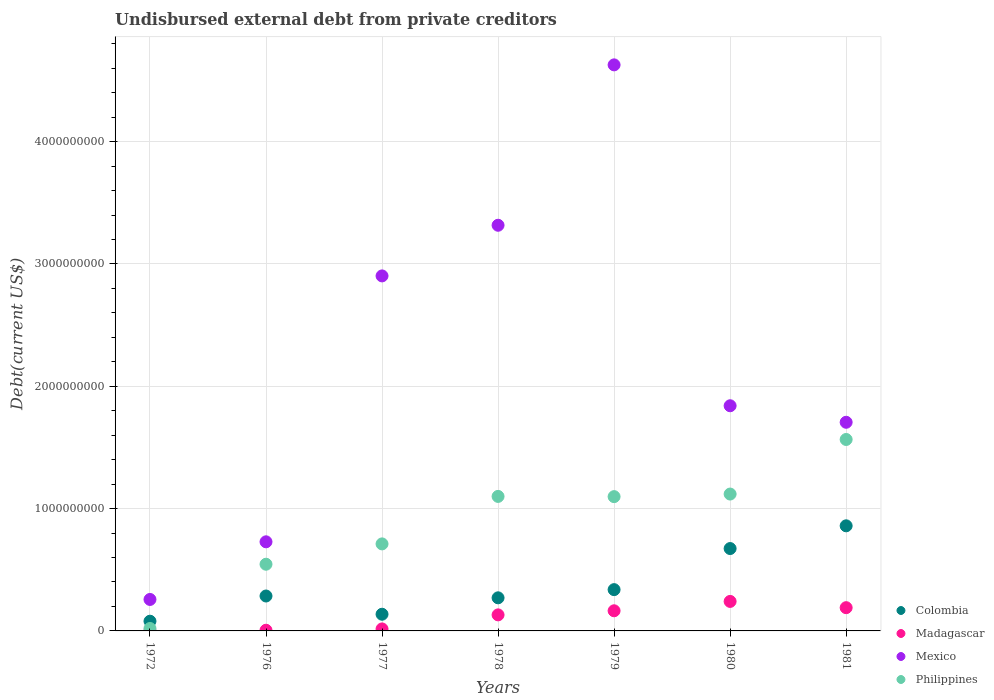
| Years | Colombia | Madagascar | Mexico | Philippines |
 | --- | --- | --- | --- | --- |
 | 1972 | 7.95e+07 | 1.18e+06 | 2.57e+08 | 1.99e+07 |
 | 1976 | 2.85e+08 | 5.58e+06 | 7.28e+08 | 5.45e+08 |
 | 1977 | 1.36e+08 | 1.63e+07 | 2.9e+09 | 7.11e+08 |
 | 1978 | 2.71e+08 | 1.31e+08 | 3.32e+09 | 1.1e+09 |
 | 1979 | 3.38e+08 | 1.65e+08 | 4.63e+09 | 1.1e+09 |
 | 1980 | 6.73e+08 | 2.41e+08 | 1.84e+09 | 1.12e+09 |
 | 1981 | 8.59e+08 | 1.9e+08 | 1.71e+09 | 1.57e+09 |